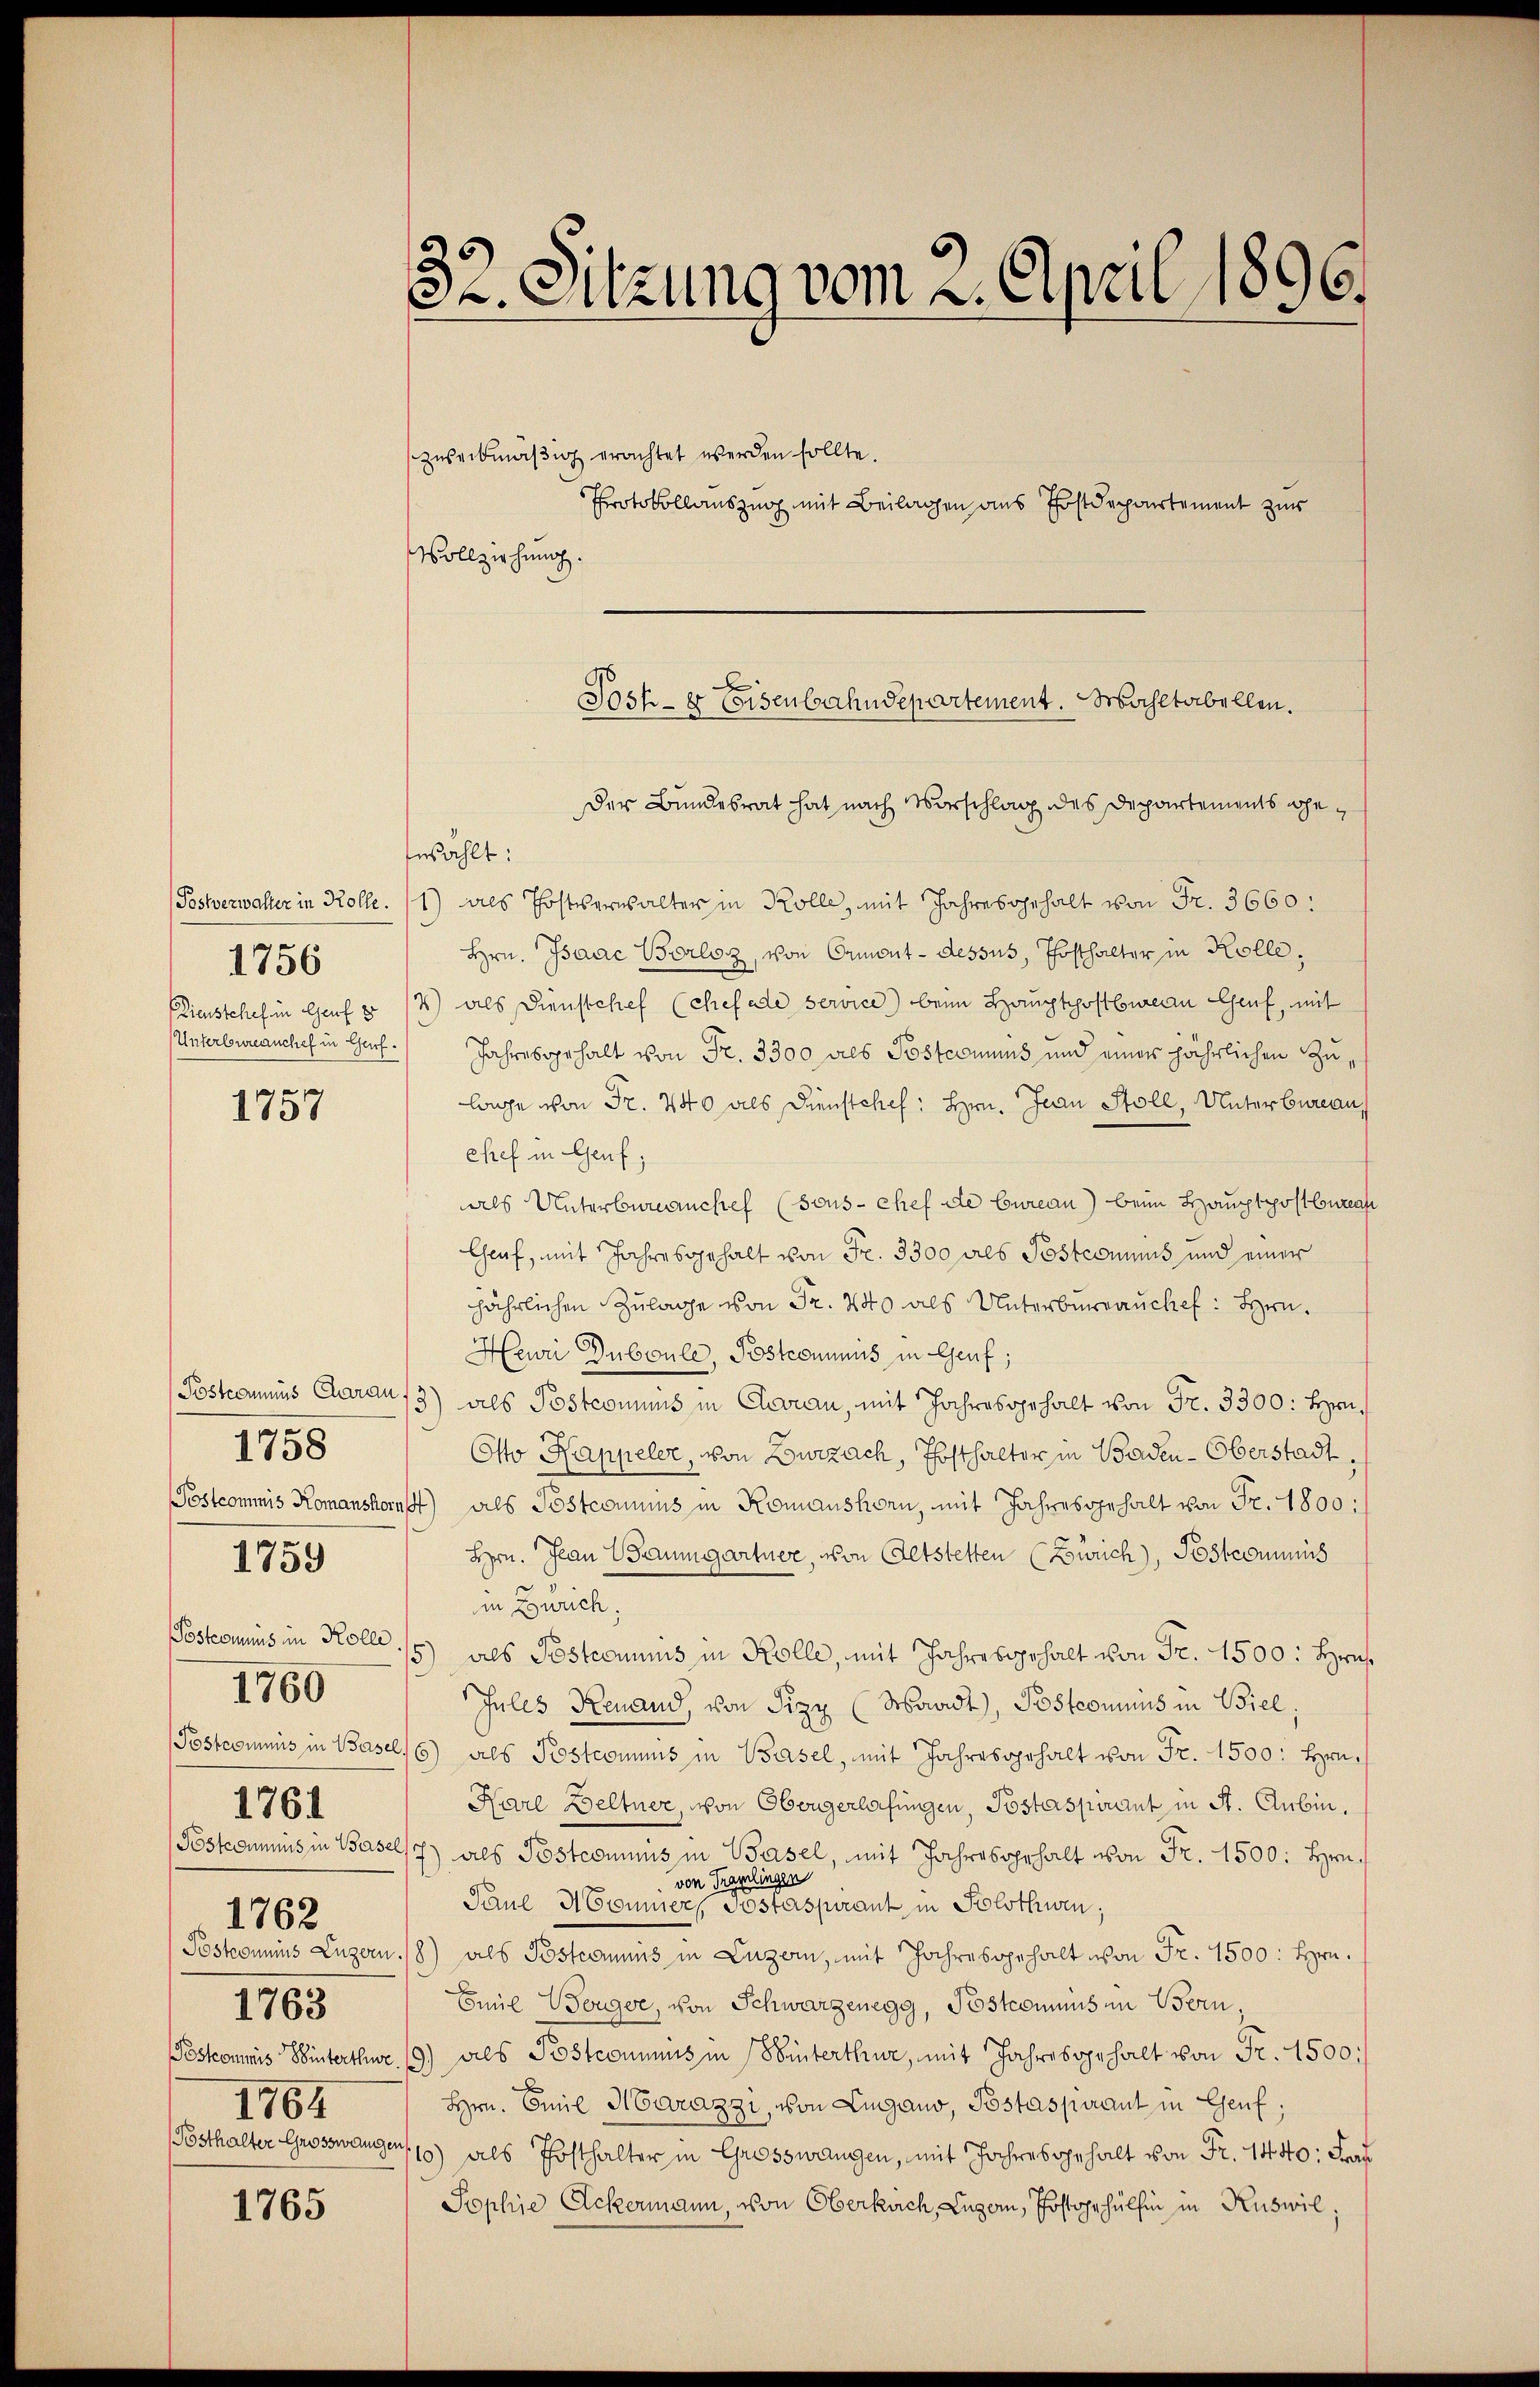
(Postverwahler in Rolle.
(Lieustchef in Genf 5

1756

1757

1758
Postcommis in Kolle.
1761
1762
1765
1764

1759

1760

1765

32. Sitzung vom 2. April 1896.

zweckmäßig erachtet werden sollte.
Protokollauszug mit Beilagen aus Postdepartement zur
Vollziehung.
Der Bundesrat hat nach Vorschlag des Departements gefewählt:
1) als Postverwalter in Kolle, mit Jahresgehalt von Fr. 3660:
Hrn. Isaac Borloz, von Ormont-dessus, Thosthalter in Kolle,
4) als Dienstchef (Chefade service) beim Hauptpostbureau Genf, mit
Unterbureanchef in Genf Jahresgehalt von Fr. 3300 als Postcomuns und einer jährlichen Zulage von Fr. 440 als Dienstchef: Hrn. Jean Stoll, Unterbureau,
chef in Genf,
als Unterbureanchef (sous - chef de Cureau) beim Hauptpostburea
Chauf, mit Jahresgehalt von Fr. 3300 als Posteriums und einer
jährlichen Zulage von Fr. 240 als Unterbureauchet: Hrn.
Heuri Duboule, Postcommis in Genf;
Postamins Caran /3) als Postcommis in Garan, mit Jahresgehalt von Fr. 3300: Hin¬
Otto Kappeler, von Zurzach, Posthalter in Baden-Oberstadt
Postcommis Romanshorf) als Postcommuns in Romanshorn, mit Jahresgehalt von Fr. 1800:
Hrn. Jean Baumgartner, von Altstetten (Zürich), Postcommis
in Zürich,
als Postcommunis in Kolle, mit Jahresgehalt von Fr. 1500: Hrn.
5
Jules Renand, von Sizy (Waadt, Postcommis in Biel,
Postcommis in Basel, 6) als Postcomuns in Basel, mit Jahresgehalt von Fr. 1500: Hrn.
Karl Beltner, von Obergerlafingen, Postaspirant in St. Aubin,
Peskommnis in Basel/7) als Postcommis in Basel, mit Jahresgehalt von Fr. 1500: Hrn.
von Tramlingen
Paue H Connier, Postaspirant in Solothwen;
Postronimus Luzern /8) als Postcommuns in Luzern, mit Jahresgehalt von Fr. 1500: Hrn.
Emil Berger, von Schwarzenegg, Postconius in Bern,
Poskommis Winterthur. 19) als Postcommis in Winterthur, mit Jahresgehalt von Fr. 1500:
x
Hrn. Emil Marazzi, von Lugano, Postaspirant in Genf;
Posthalter Grosswange 15) als Posthalter in Grosswangen, mit Jahres gehalt von Fr. 1440. Fra
Sophie Ackermann, von Oberkirch, Luzern, Postgehülfen in Ruswil;

x
Jost- & Eisenbahndepartement. Mahltabellen.